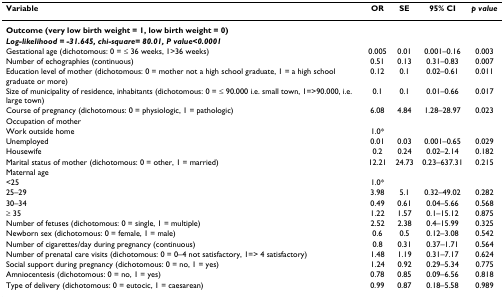
<table><thead><tr><td><b>Variable</b></td><td><b>OR</b></td><td><b>SE</b></td><td><b>95% CI</b></td><td><b><i>p value</i></b></td></tr></thead><tbody><tr><td><b>Outcome (very low birth weight = 1, low birth weight = 0)</b></td><td></td><td></td><td></td><td></td></tr><tr><td><b><i>Log-likelihood = -31.645, chi-square= 80.01, P value&lt;0.0001</i></b></td><td></td><td></td><td></td><td></td></tr><tr><td>Gestational age (dichotomous: 0 = ≤ 36 weeks, 1&gt;36 weeks)</td><td>0.005</td><td>0.01</td><td>0.001–0.16</td><td>0.003</td></tr><tr><td>Number of echographies (continuous)</td><td>0.51</td><td>0.13</td><td>0.31–0.83</td><td>0.007</td></tr><tr><td>Education level of mother (dichotomous: 0 = mother not a high school graduate, 1 = a high school graduate or more)</td><td>0.12</td><td>0.1</td><td>0.02–0.61</td><td>0.011</td></tr><tr><td>Size of municipality of residence, inhabitants (dichotomous: 0 = ≤ 90.000 i.e. small town, 1=&gt;90.000, i.e. large town)</td><td>0.1</td><td>0.1</td><td>0.01–0.66</td><td>0.017</td></tr><tr><td>Course of pregnancy (dichotomous: 0 = physiologic, 1 = pathologic)</td><td>6.08</td><td>4.84</td><td>1.28–28.97</td><td>0.023</td></tr><tr><td>Occupation of mother</td><td></td><td></td><td></td><td></td></tr><tr><td>Work outside home</td><td>1.0*</td><td></td><td></td><td></td></tr><tr><td>Unemployed</td><td>0.01</td><td>0.03</td><td>0.001–0.65</td><td>0.029</td></tr><tr><td>Housewife</td><td>0.2</td><td>0.24</td><td>0.02–2.14</td><td>0.182</td></tr><tr><td>Marital status of mother (dichotomous: 0 = other, 1 = married)</td><td>12.21</td><td>24.73</td><td>0.23–637.31</td><td>0.215</td></tr><tr><td>Maternal age</td><td></td><td></td><td></td><td></td></tr><tr><td>&lt;25</td><td>1.0*</td><td></td><td></td><td></td></tr><tr><td>25–29</td><td>3.98</td><td>5.1</td><td>0.32–49.02</td><td>0.282</td></tr><tr><td>30–34</td><td>0.49</td><td>0.61</td><td>0.04–5.66</td><td>0.568</td></tr><tr><td>≥ 35</td><td>1.22</td><td>1.57</td><td>0.1–15.12</td><td>0.875</td></tr><tr><td>Number of fetuses (dichotomous: 0 = single, 1 = multiple)</td><td>2.52</td><td>2.38</td><td>0.4–15.99</td><td>0.325</td></tr><tr><td>Newborn sex (dichotomous: 0 = female, 1 = male)</td><td>0.6</td><td>0.5</td><td>0.12–3.08</td><td>0.542</td></tr><tr><td>Number of cigarettes/day during pregnancy (continuous)</td><td>0.8</td><td>0.31</td><td>0.37–1.71</td><td>0.564</td></tr><tr><td>Number of prenatal care visits (dichotomous: 0 = 0–4 not satisfactory, 1=&gt; 4 satisfactory)</td><td>1.48</td><td>1.19</td><td>0.31–7.17</td><td>0.624</td></tr><tr><td>Social support during pregnancy (dichotomous: 0 = no, 1 = yes)</td><td>1.24</td><td>0.92</td><td>0.29–5.34</td><td>0.775</td></tr><tr><td>Amniocentesis (dichotomous: 0 = no, 1 = yes)</td><td>0.78</td><td>0.85</td><td>0.09–6.56</td><td>0.818</td></tr><tr><td>Type of delivery (dichotomous: 0 = eutocic, 1 = caesarean)</td><td>0.99</td><td>0.87</td><td>0.18–5.58</td><td>0.989</td></tr></tbody></table>